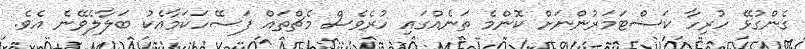
ގެންގުޅޭ ހުރިހާ ކަސްޓަމަރުންނަށް ކޮންމެ ތަނެއްގައި ހުރެވެސް މެޗްތައް ފަސޭހަކަމާއެކު ބަލާލެވޭނެ އެވެ.